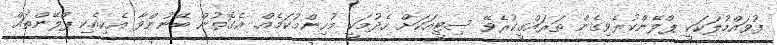
ފުވައްމުލަކަކީ ޕްލޭންކުރެވިގެން ތަރައްގީކުރެވޭ ސިޓީއަކަށް ހެދުމަކީ މުހިންމުކަމެއް. އެގޮތުން ބޭނުންވާ އެކިއެކި ޕްލޭންތައް